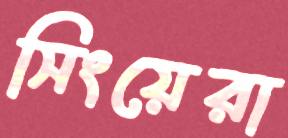
সিংয়েরা